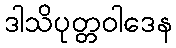
ဒါသိပုတ္တဝါဒေန